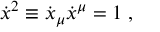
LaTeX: \dot { x } ^ { 2 } \equiv \dot { x } _ { \mu } \dot { x } ^ { \mu } = 1 \; ,